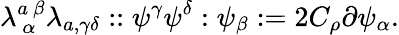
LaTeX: \lambda_{~\alpha}^{a~\beta}\lambda_{a,\gamma\delta}::\psi^{\gamma}\psi^{\delta}:\psi_{\beta}:=2C_{\rho}\partial\psi_{\alpha}.